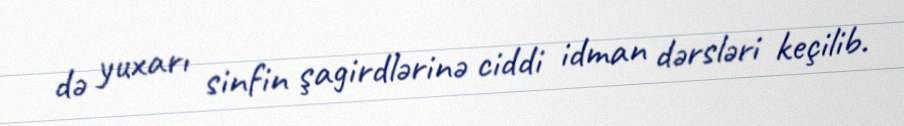
də yuxarı sinfin şagirdlərinə ciddi idman dərsləri keçilib.